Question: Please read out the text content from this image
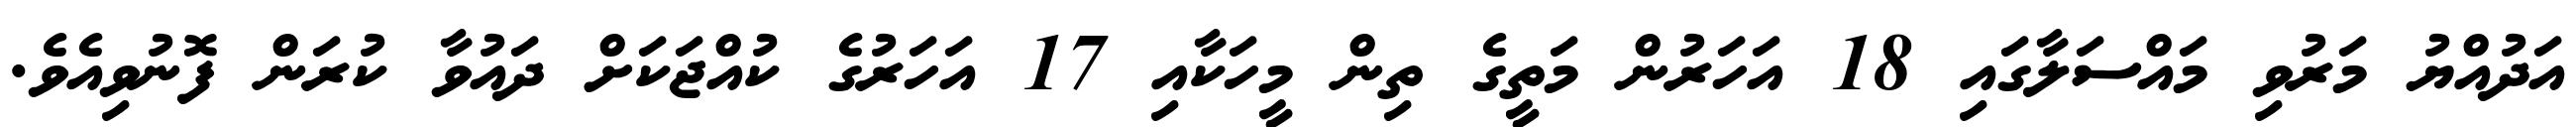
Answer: އަދުއްޔު މަރުވި މައްސަލާގައި 18 އަހަރުން މަތީގެ ތިން މީހަކާއި 17 އަހަރުގެ ކުއްޖަކަށް ދައުވާ ކުރަން ފޮނުވިއެވެ.